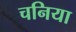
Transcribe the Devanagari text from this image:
चनिया